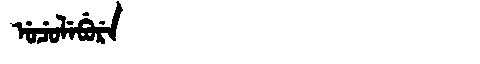
Manchu: ᡠᠴᡠᠯᡝᠪᡠᡵᡝ
Romanization: UCULEBURE